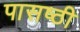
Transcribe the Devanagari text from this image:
पासष्ठी